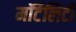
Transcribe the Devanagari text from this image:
मॉर्टेलिटी